Indian journal of veterinary science and animal husbandry - Volumes 24-25, 1954-1955
Year: 1954
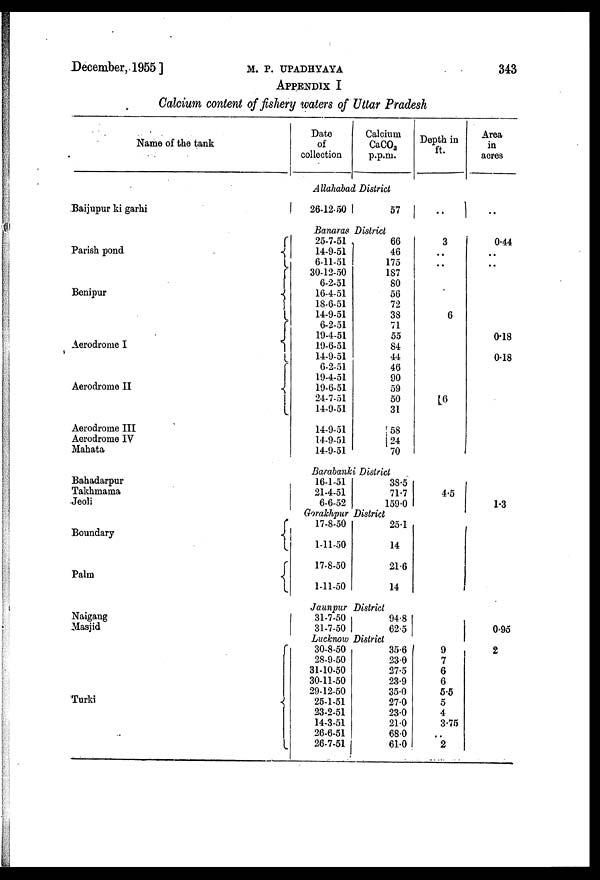
December, 1955 ]
M.
P.
UPADHYAYA
343
APPENDIX I
Calcium content of fishery waters of Uttar Pradesh
Name of the tank
Baijupur ki garhi
Parish pond
Benipur
Aerodrome I
Aerodrome II
Aerodrome III
Aerodrome IV
Mahata
Bahadarpur
Takhmama
Jeoli
Boundary
Palm
Naigang
Masjid
Turki
Date
of
collection
Calcium
CaCO 3
p.p.m.
Depth in
ft.
Allahabad District
26-12-50
57
..
Banaras District
25-7-51
14-9-51
6-11-51
30-12-50
6-2-51
16-4-51
18-6-51
14-9-51
6-2-51
19-4-51
19-6-51
14-9-51
6-2-51
19-4-51
19-6-51
24-7-51
14-9-51
14-9-51
14-9-51
14-9-51
66
46
175
187
80
56
72
38
71
55
84
44
46
90
59
50
31
58
24
70
3
..
..
6
16
Barabanki District
16-1-51
21-4-51
6-6-52
38.5
71.7
159.0
4.5
Gorakhpur District
17-8-50
1-11-50
17-8-50
1-11-50
25.1
14
21.6
14
Jaunpur District
31-7-50
31-7-50
94.8
62.5
Lucknow District
30-8-50
28-9-50
31-10-50
30-11-50
29-12-50
25-1-51
23-2-51
14-3-51
26-6-51
26-7-51
35.6
23.0
27.5
23.9
35.0
27.0
23.0
21.0
68.0
61.0
9 7
6
6
5.5
5
4
3.75
..
2
Area
in
acres
..
0.44
..
..
0.18
0.18
1.3
0.95
2